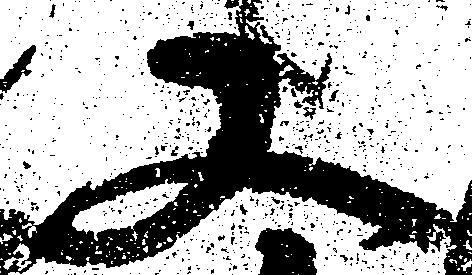
又